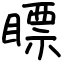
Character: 瞟